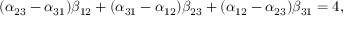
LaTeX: ( \alpha _ { 2 3 } - \alpha _ { 3 1 } ) \beta _ { 1 2 } + ( \alpha _ { 3 1 } - \alpha _ { 1 2 } ) \beta _ { 2 3 } + ( \alpha _ { 1 2 } - \alpha _ { 2 3 } ) \beta _ { 3 1 } = 4 ,